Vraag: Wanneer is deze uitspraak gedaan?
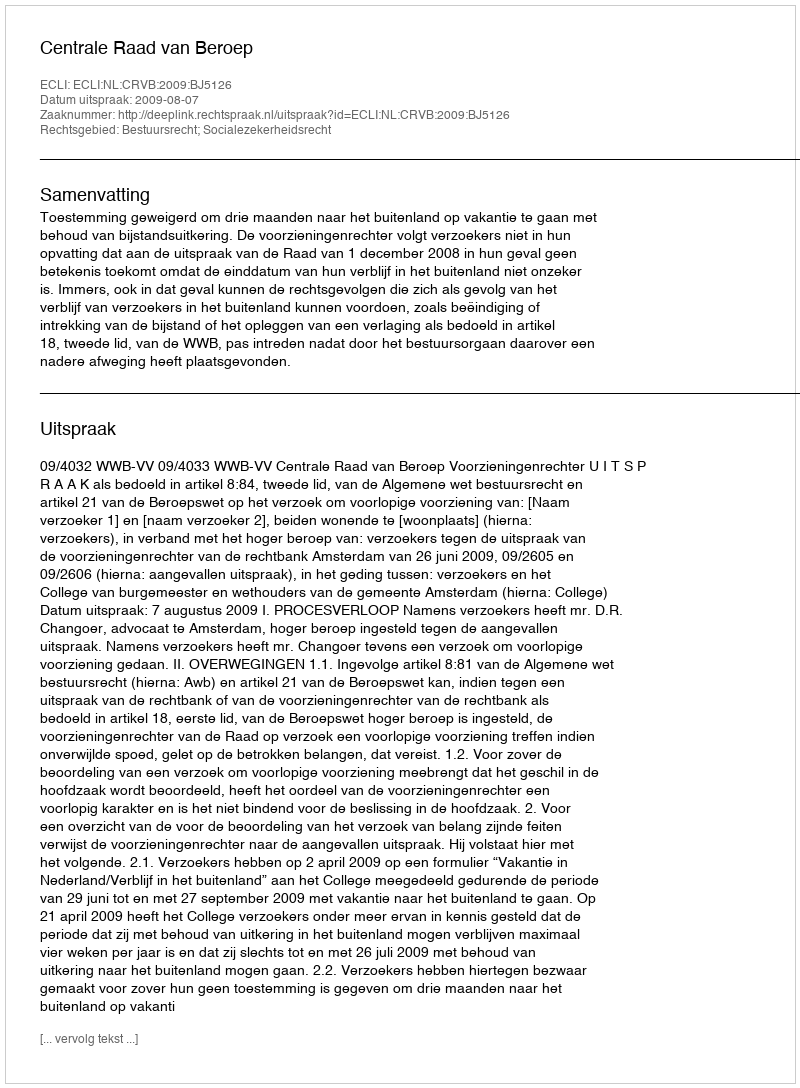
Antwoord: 2009-08-07